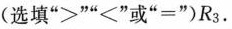
(选填”≥””≤”或”=”)R_{3}.